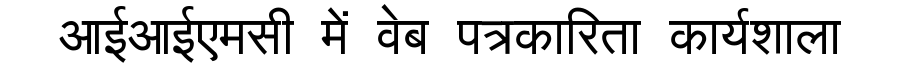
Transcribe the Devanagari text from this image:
आईआईएमसी में वेब पत्रकारिता कार्यशाला